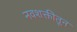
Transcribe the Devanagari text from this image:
नवशक्तीतून